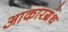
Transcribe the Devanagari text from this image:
आकारग्रंथ